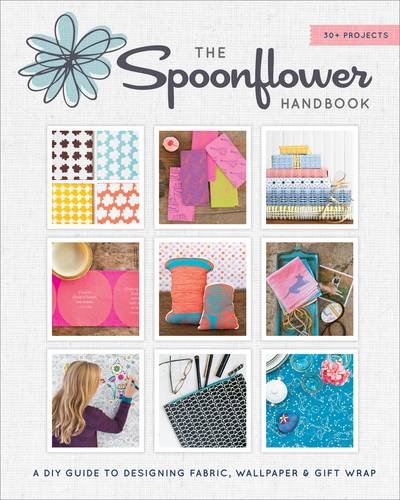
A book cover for The Spoonflower Handbook: A DIY Guide to Designing Fabric, Wallpaper & Gift Wrap with 30+ Projects; Stephen Fraser; Crafts, Hobbies & Home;